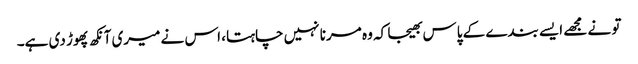
تو نے مجھے ایسے بندے کے پاس بھیجا کہ وہ مرنا نہیں چاہتا، اس نے میری آنکھ پھوڑ دی ہے۔